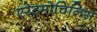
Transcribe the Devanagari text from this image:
एरेट्मोचिलिस